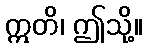
ဣတိ၊ ဤသို့။